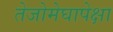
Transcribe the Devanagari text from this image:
तेजोमेघापेक्षा